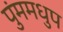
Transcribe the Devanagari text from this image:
पुंममधुप